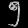
Digit: ၅